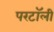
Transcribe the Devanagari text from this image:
परटॉली